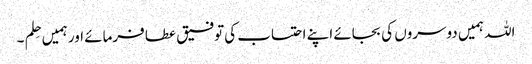
اللہ ہمیں دوسروں کی بجائے اپنے احتساب کی توفیق عطا فرمائے اور ہمیں حِلم ۔